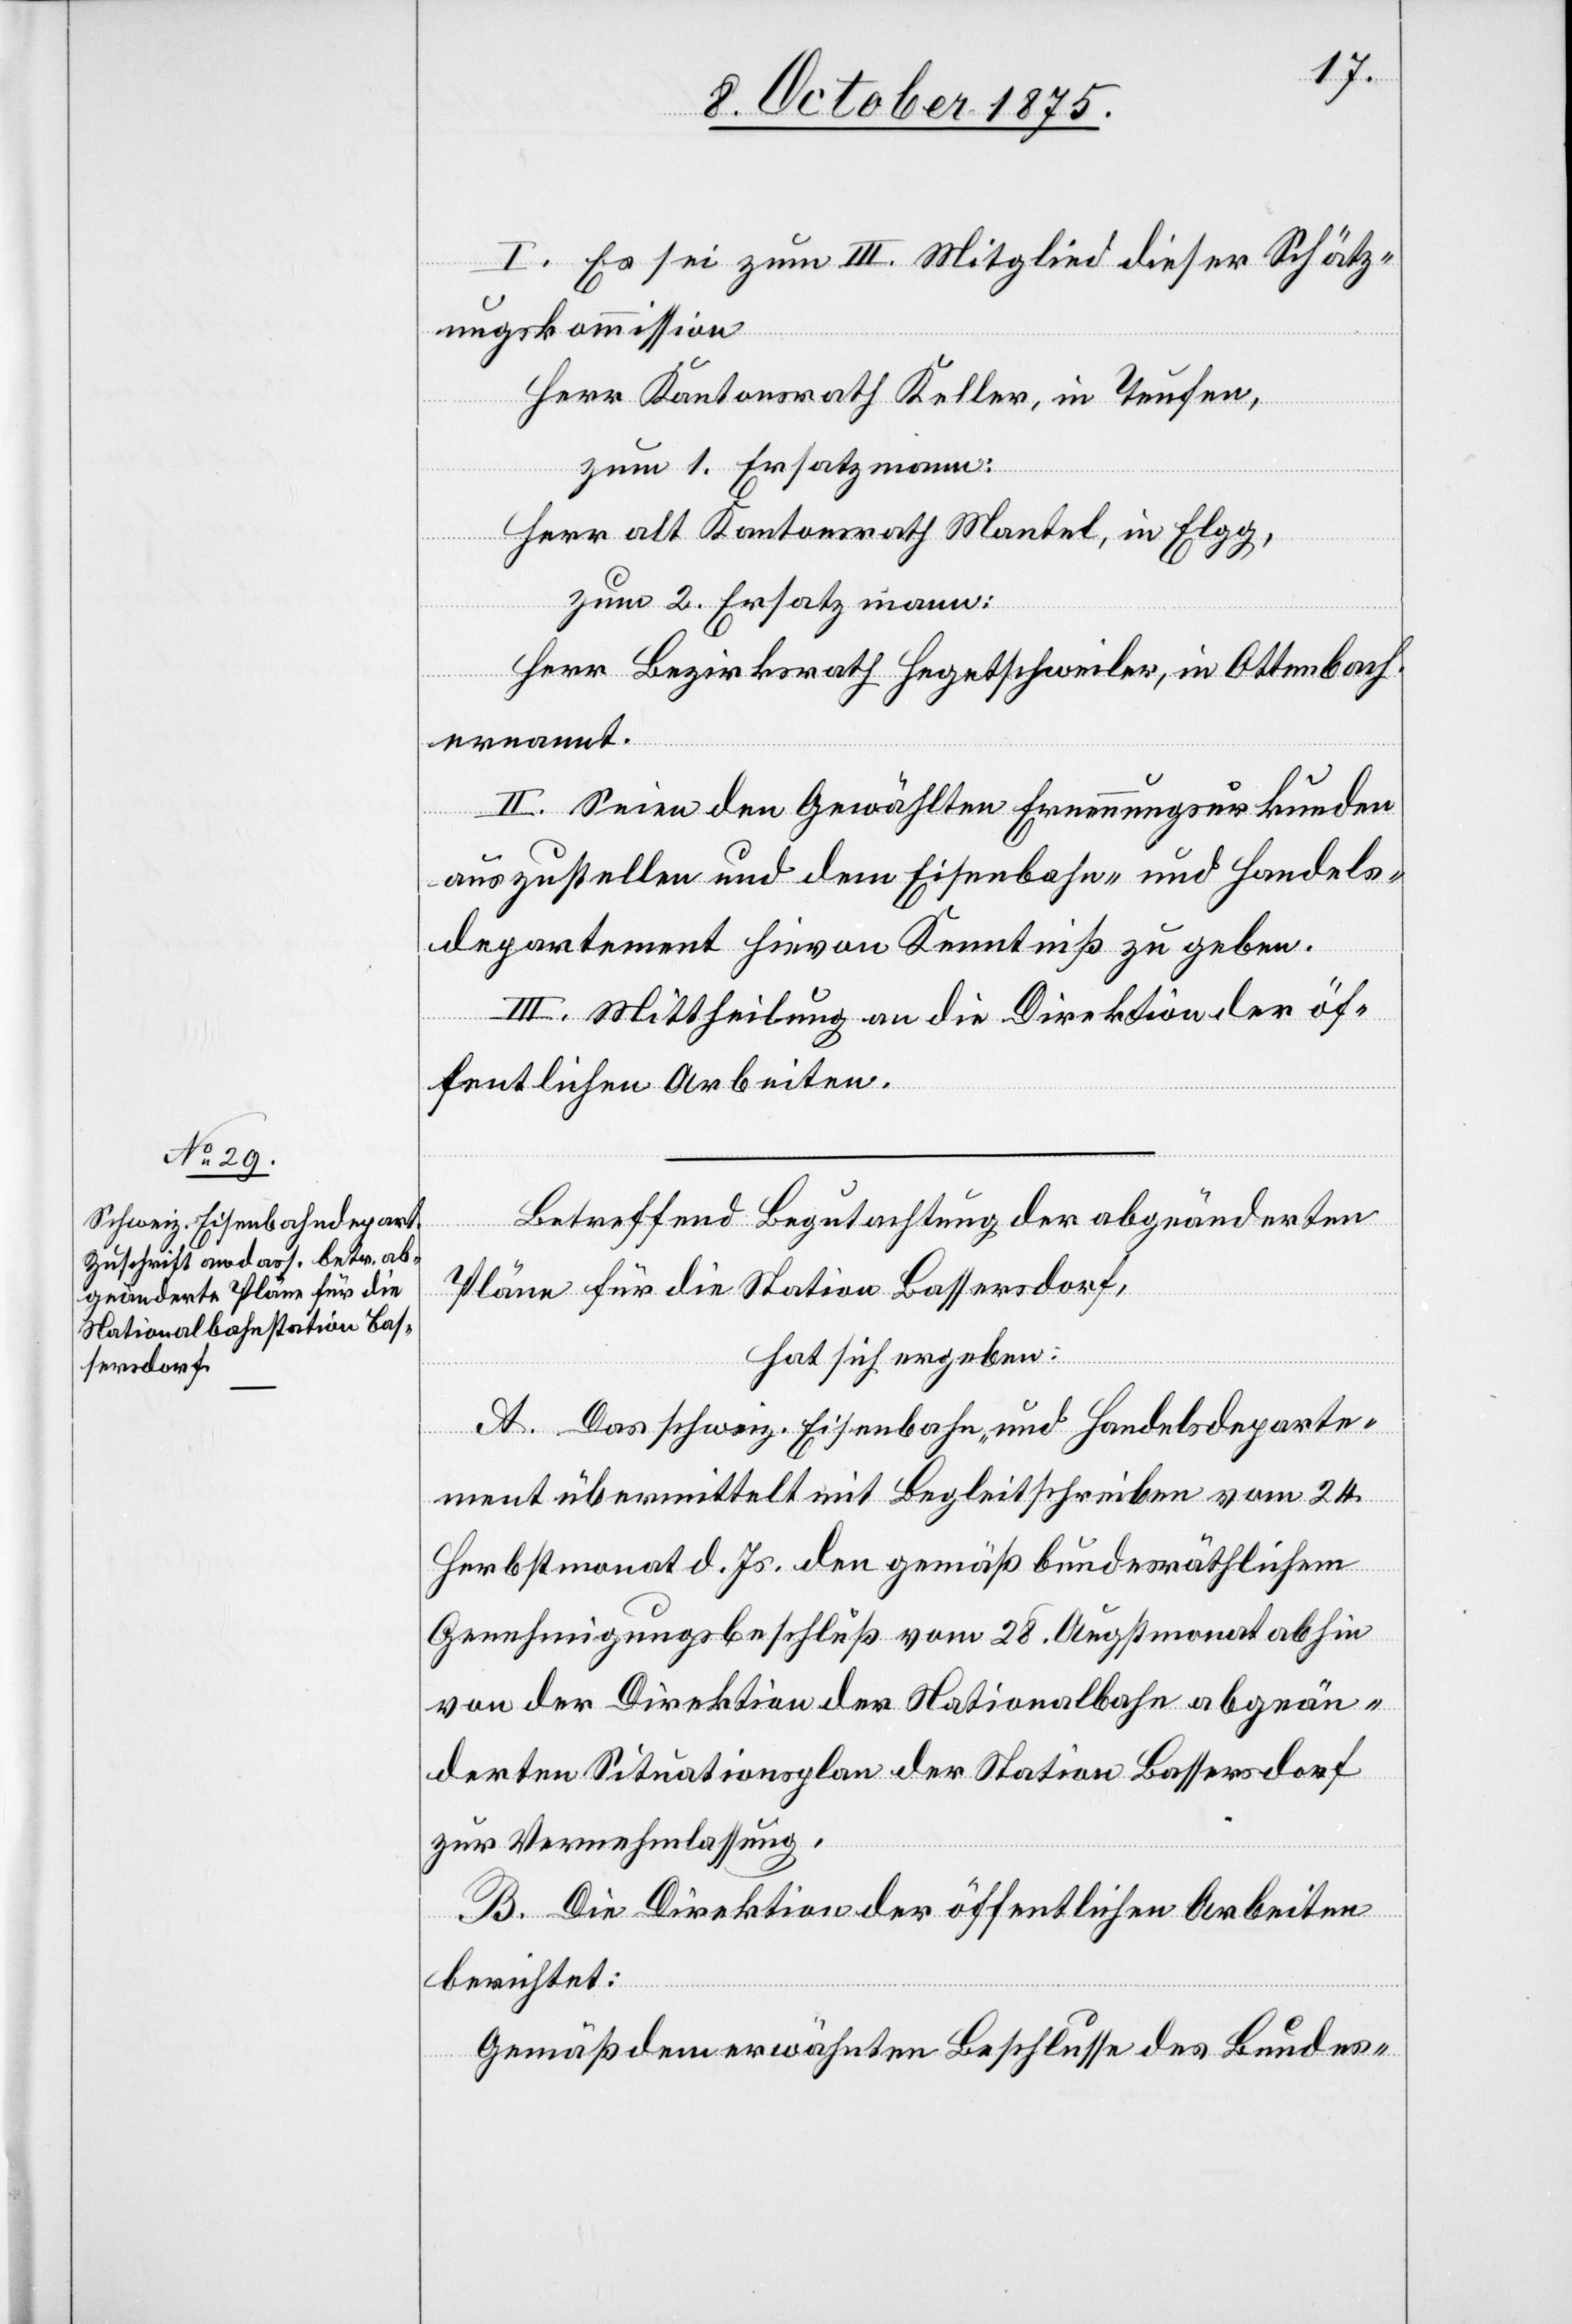
I. Es sei zum III. Mitglied dieser Schätz¬
ungskommission
Herr Kantonsrath Keller, in Teufen,
zum 1. Ersatzmann:
Herr als Kantonsrath Mantel, in Elgg,
zum 2. Ersatzmann:
Herr Bezirksrath Hegetschweiler, in Ottenbach
ernannt.
II. Seien den Gewählten Ernennungsurkunden
auszustellen und dem Eisenbahn- und Handels¬
departement hievon Kenntniß zu geben.
III. Mittheilung an die Direktion der öf¬
fentlichen Arbeiten.
Betreffend Begutachtung der abgeänderten
Pläne für die Station Bassersdorf,
hat sich ergeben:
A. Das schweiz. Eisenbahn- und Handelsdeparte¬
ment übermittelt mit Begleitschreiben vom 24.
Herbstmonat d. Js. den gemäß bundesräthlichem
Genehmigungsbeschluß vom 28. Augstmonat abhin
von der Direktion der Nationalbahn abgeän¬
derten Situationsplan der Station Bassersdorf
zur Vernehmlassung.
B. Die Direktion der öffentlichen Arbeiten
berichtet:
Gemäß dem erwähnten Beschlusse des Bundes-